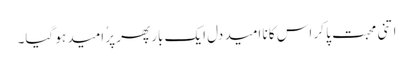
اتنی محبت پا کر اس کا نا امید دل ایک بار پھر پرُ امید ہو گیا۔